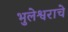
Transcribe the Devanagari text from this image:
भुलेश्वराचे